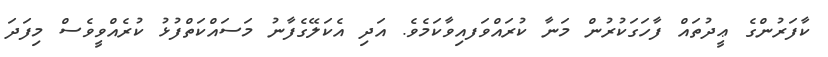
ކާފަރުންގެ ޢީދުތައް ފާހަގަކުރުން މަނާ ކުރައްވަފއިވާކަމެވެ. އަދި އެކަލޭގެފާނު މަސައްކަތްފުޅު ކުރެއްވީވެސް މިފަދަ